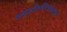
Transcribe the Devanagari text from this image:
डाइइथैलस्टिलबेस्ट्रॉल